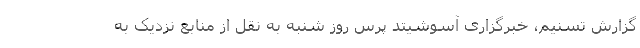
گزارش تسنیم، خبرگزاری آسوشیتد پرس روز شنبه به نقل از منابع نزدیک به